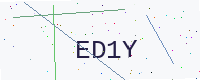
Text: ED1Y